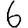
Digit: 6